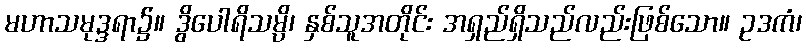
မဟာသမုဒ္ဒရာ၌။ ဒွိပေါရိသမ္ပိ၊ နှစ်သူအတိုင်း အရှည်ရှိသည်လည်းဖြစ်သော။ ဥဒကံ၊